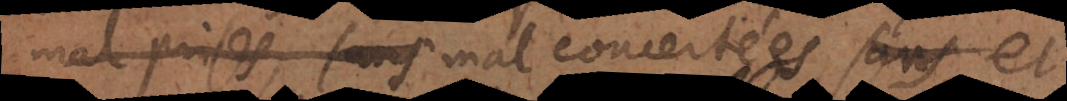
mal prises, sans concertées, sans et